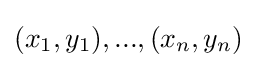
(x_{1},y_{1}),...,(x_{n},y_{n})